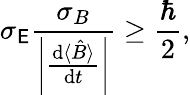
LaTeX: \sigma_{\mathsf{E}}{\frac{{\sigma_{B}}}{{\left|{\frac{{\mathrm{{d}}\langle{\hat{{B}}}\rangle}}{{\mathrm{{d}}t}}}\right|}}}\geq{\frac{{\hbar}}{{2}}},